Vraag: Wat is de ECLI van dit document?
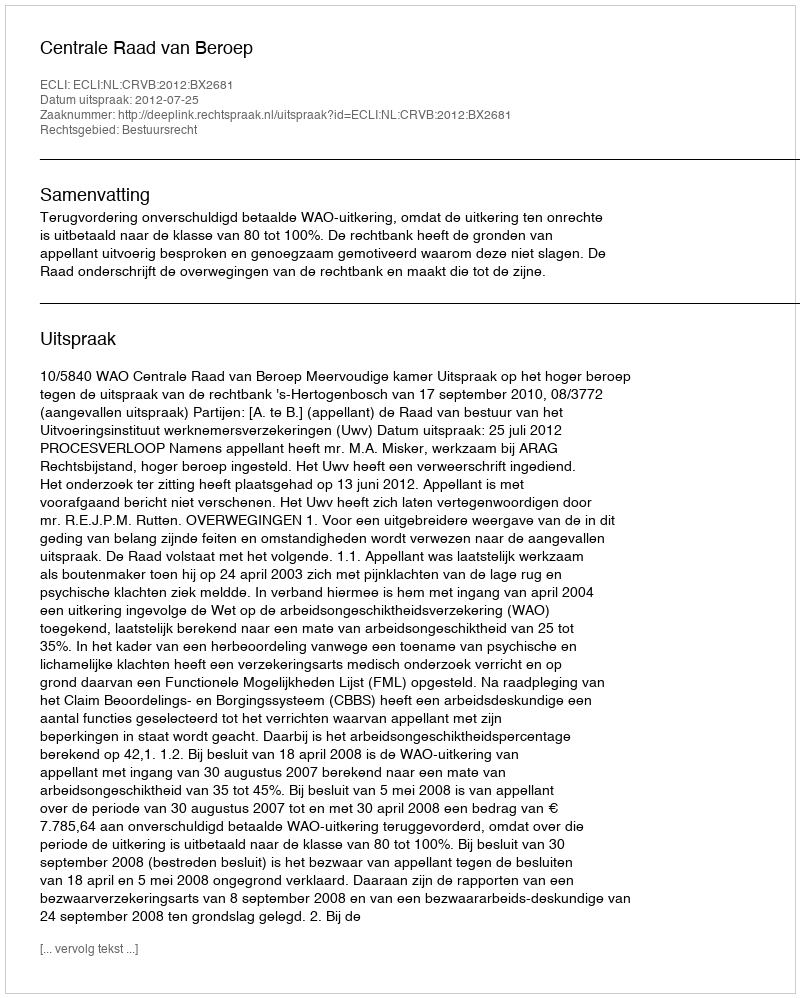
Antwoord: ECLI:NL:CRVB:2012:BX2681